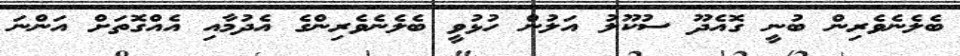
ބެލެނެވެރިން ބުނީ ގޮއެދޫ ސުކޫލު އަލުން ހުޅުވީ ބެލެނެވެރިންގެ އެދުމާއި އެއްގޮތަށް އަންނަ